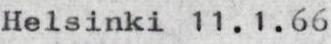
Helsinki 11.1.66